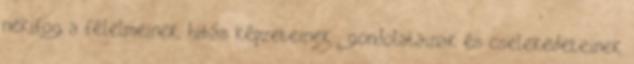
nekifog a félelmeinek, hibás képzeteinek , gondolatainak és cselekedeteinek